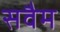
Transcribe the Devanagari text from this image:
सवैम